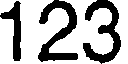
123